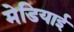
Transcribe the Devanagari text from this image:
मेडियाई